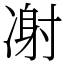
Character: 㓔